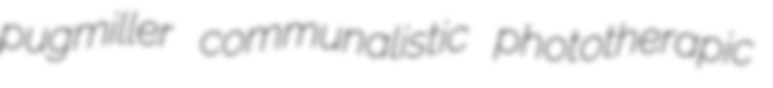
pugmiller communalistic phototherapic